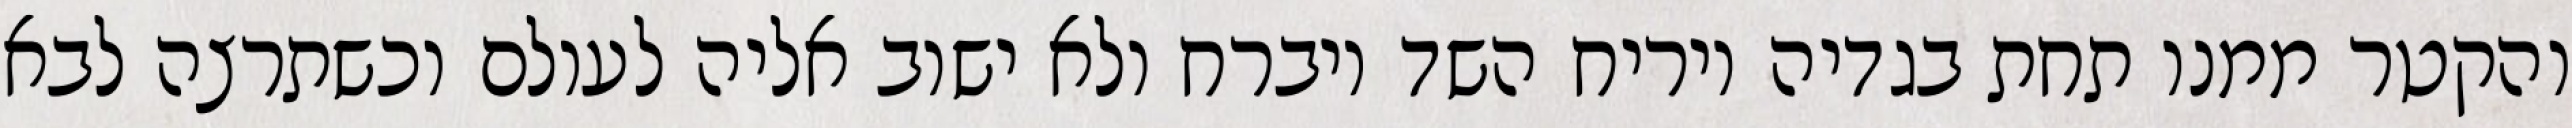
והקטר ממנו תחת בגדיה ויריח השד ויברח ולא ישוב אליה לעולם וכשתרצה לבא